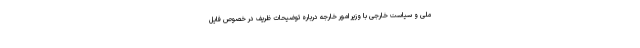
ملی و سیاست خارجی با وزیر امور خارجه درباره توضیحات ظریف در خصوص فایل